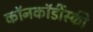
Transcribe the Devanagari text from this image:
कॉनकॉर्डीस्की